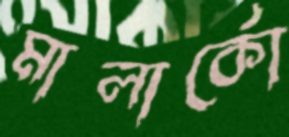
মালার্কো